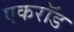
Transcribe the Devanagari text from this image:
एकरॉड